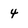
Character: 4